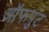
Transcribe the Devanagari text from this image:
ऑफपुट